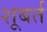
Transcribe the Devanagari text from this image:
शूबर्त